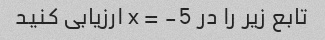
تابع زیر را در x = -5 ارزیابی کنید